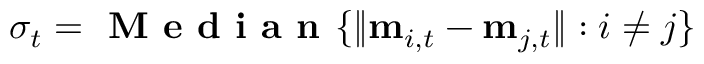
\sigma _ { t } = \textbf { M e d i a n } \{ \| \mathbf { m } _ { i , t } - \mathbf { m } _ { j , t } \| : i \neq j \}